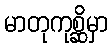
မာတုကုစ္ဆိမှာ